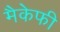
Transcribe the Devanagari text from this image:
मैकेफी